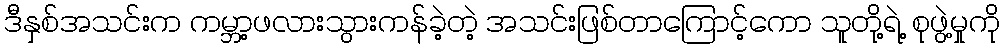
ဒီနှစ်အသင်းက ကမ္ဘာ့ဖလားသွားကန်ခဲ့တဲ့ အသင်းဖြစ်တာကြောင့်ကော သူတို့ရဲ့ စုဖွဲ့မှုကို